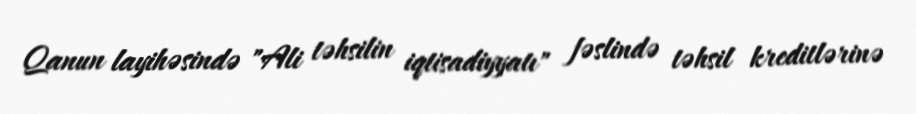
Qanun layihəsində "Ali təhsilin iqtisadiyyatı" fəslində təhsil kreditlərinə